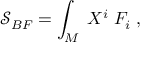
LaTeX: \mathcal { S } _ { B F } = \int _ { M } \; X ^ { i } \; F _ { i } \; ,